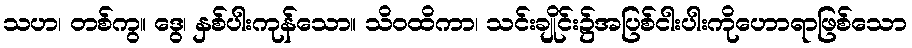
သဟ၊ တစ်ကွ။ ဒွေ၊ နှစ်ပါးကုန်သော။ သိဝထိကာ၊ သင်းချိုင်း၌အပြစ်ငါးပါးကိုဟောရာဖြစ်သော